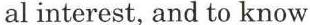
al interest, and to know